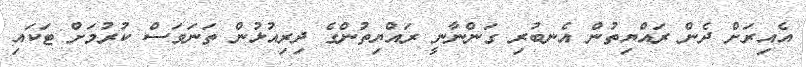
އެއިރަށް ދެން ރައްޔިތުން އެނބުރި ގަންނާނީ ރައްޔިތުންގެ ދިރިއުޅުން ތަނަވަސް ކުރުމަށް ޓަކައި